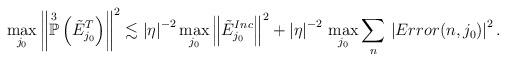
LaTeX: \begin{align*}\max_{j_{0}} \left\Vert \overset{3}{\mathbb{P}}\left(\tilde{E}_{j_{0}}^{T} \right) \right\Vert^{2} \lesssim \left\vert \eta \right\vert^{-2} \max_{j_{0}} \left\Vert \tilde{E}^{Inc}_{j_{0}} \right\Vert^{2} + \left\vert \eta \right\vert^{-2} \, \max_{j_{0}} \sum_{n} \, \left\vert Error(n,j_{0}) \right\vert^{2}.\end{align*}